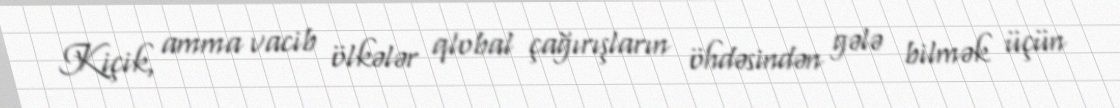
Kiçik, amma vacib ölkələr qlobal çağırışların öhdəsindən gələ bilmək üçün